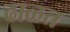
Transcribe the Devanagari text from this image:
ढाळत